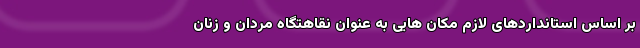
بر اساس استانداردهای لازم مکان هایی به عنوان نقاهتگاه مردان و زنان